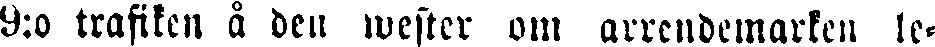
9:o trafiken å den wester om arrendemarken le-